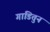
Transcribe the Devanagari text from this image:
गाडितुन